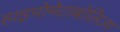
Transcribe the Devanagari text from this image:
हाइपोमेटाबोलिज्म